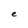
Character: e